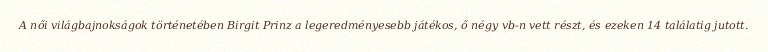
A női világbajnokságok történetében Birgit Prinz a legeredményesebb játékos, ő négy vb-n vett részt, és ezeken 14 találatig jutott.